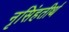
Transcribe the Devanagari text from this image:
नृसिंहतीर्थ